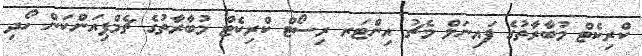
ކްރިކެޓް މުބާރާތުގެ ފައިނަލް މެޗު އިންޓަރ ރިސޯޓް ކްރިކެޓް މުބާރާތުގެ ޗެމްޕިއަންކަން ހޯދި